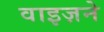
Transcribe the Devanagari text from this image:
वाइज़ने